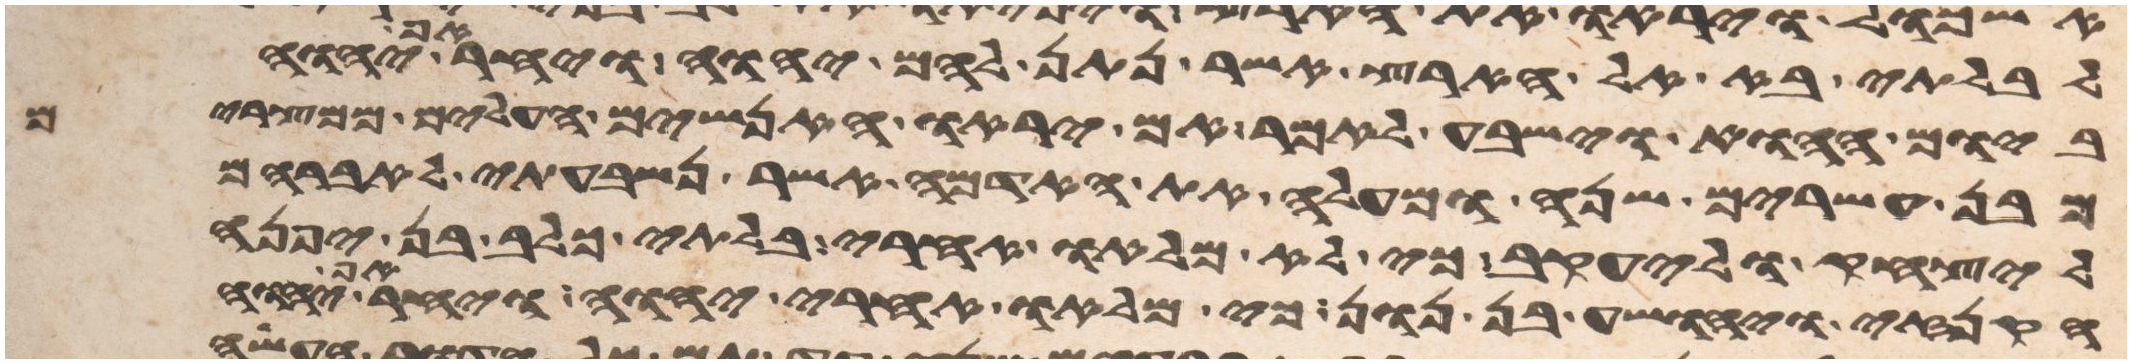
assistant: לבלתי בא אל הארץ אשר נתן להם יהוה ויחר אף יהוה
ביום ההוא וישבע לאמר אם יראו האנשים העלים ממצרים
מבן עשרים שנה ומעלה את האדמה אשר נשבעתי לאברהם
ליצחק וליעקב כי לא מלאו אחרי בלתי כלב בן יפנה
הקנזי ויהושע בן נון כי מלאו אחרי יהוה ויחר אף יהוה